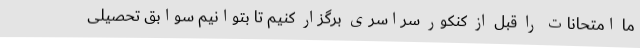
ما امتحانات را قبل از کنکور سراسری برگزار کنیم تا بتوانیم سوابق تحصیلی